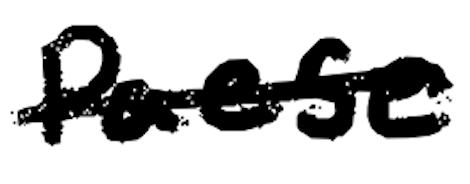
Text: Paese
Cross-out: mix
Writing tool: digital_black